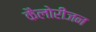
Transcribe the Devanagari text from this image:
कैलोरीजन